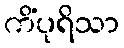
ကိံပုရိသာ